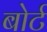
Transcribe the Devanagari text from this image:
बोर्ट